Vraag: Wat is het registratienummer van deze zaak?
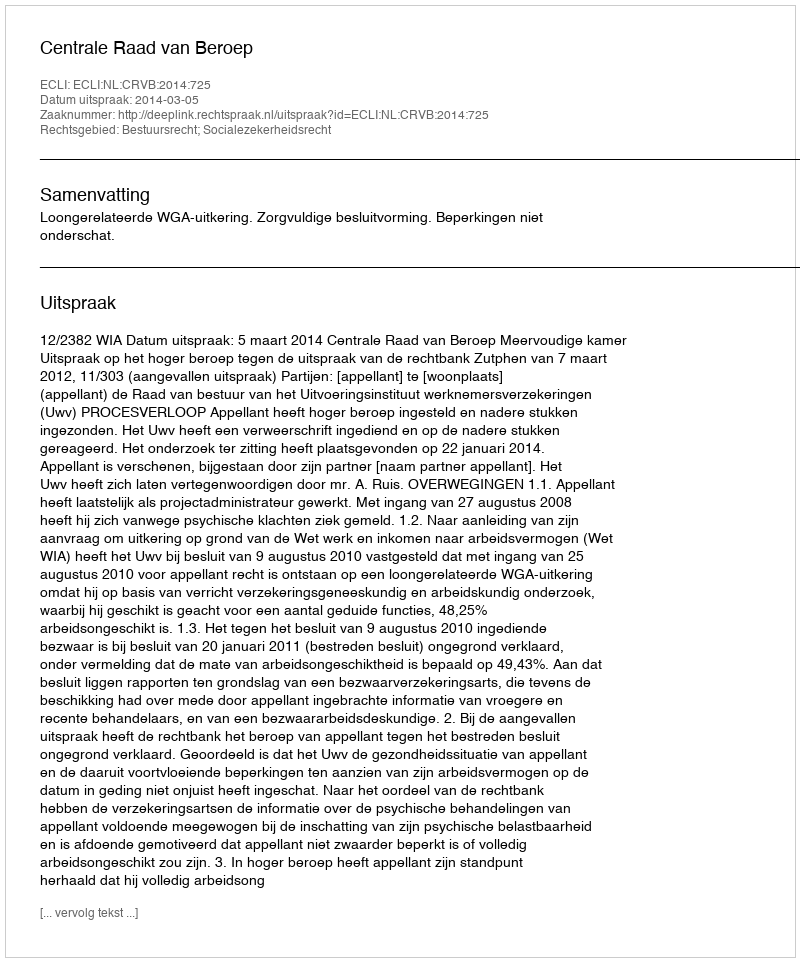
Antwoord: http://deeplink.rechtspraak.nl/uitspraak?id=ECLI:NL:CRVB:2014:725